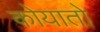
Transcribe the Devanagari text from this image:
कोयातो